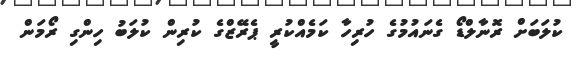
ކުލަބަށް ރޮނާލްޑޯ ގެނައުމުގެ ހުރިހާ ކަމެއްކުރީ ޕެރޭޒްގެ ކުރިން ކުލަބު ހިންގި ރޯމަން